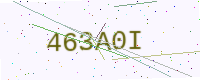
Text: 463A0I